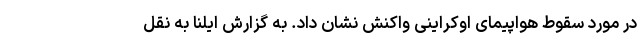
در مورد سقوط هواپیمای اوکراینی واکنش نشان داد. به گزارش ایلنا به نقل